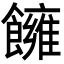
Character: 𩟀